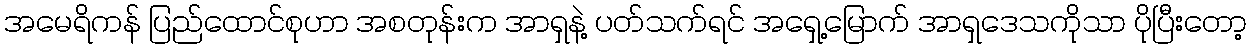
အမေရိကန် ပြည်ထောင်စုဟာ အစတုန်းက အာရှနဲ့ ပတ်သက်ရင် အရှေ့မြောက် အာရှဒေသကိုသာ ပိုပြီးတော့